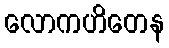
လောကဟိတေန